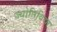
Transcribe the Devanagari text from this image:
ज्योतिविद्या